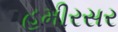
હમીરસર